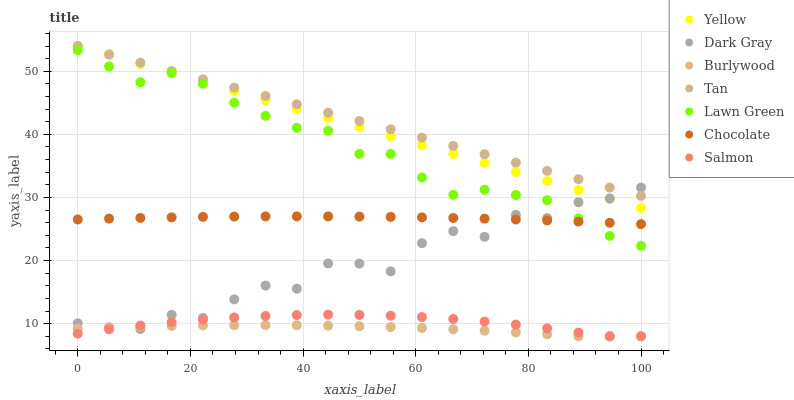
| xaxis_label | Yellow | Dark Gray | Burlywood | Tan | Lawn Green | Chocolate | Salmon |
 | --- | --- | --- | --- | --- | --- | --- | --- |
 | 0 | 54 | 10.1 | 9.2 | 54 | 53.3 | 26.5 | 8.41 |
 | 5.56 | 52.6 | 9.43 | 9.38 | 52.7 | 50.8 | 26.6 | 9.1 |
 | 11.1 | 51.1 | 9.15 | 9.53 | 51.4 | 48.3 | 26.8 | 9.71 |
 | 16.7 | 49.7 | 11.4 | 9.64 | 50 | 49.7 | 26.8 | 10.2 |
 | 22.2 | 48.3 | 10.9 | 9.72 | 48.7 | 48 | 26.9 | 10.6 |
 | 27.8 | 46.9 | 13.8 | 9.76 | 47.4 | 45 | 27 | 11 |
 | 33.3 | 45.4 | 16 | 9.77 | 46.1 | 42.9 | 27 | 11.2 |
 | 38.9 | 44 | 15.5 | 9.75 | 44.8 | 41 | 27 | 11.4 |
 | 44.4 | 42.6 | 19.5 | 9.69 | 43.4 | 40.6 | 27 | 11.4 |
 | 50 | 41.2 | 19.5 | 9.6 | 42.1 | 36.9 | 27 | 11.4 |
 | 55.6 | 39.7 | 18.3 | 9.47 | 40.8 | 36.9 | 26.9 | 11.3 |
 | 61.1 | 38.3 | 22.7 | 9.31 | 39.5 | 33.2 | 26.8 | 11 |
 | 66.7 | 36.9 | 24.7 | 9.11 | 38.2 | 30.4 | 26.7 | 10.7 |
 | 72.2 | 35.5 | 23.8 | 8.88 | 36.8 | 31.2 | 26.6 | 10.3 |
 | 77.8 | 34 | 27.2 | 8.61 | 35.5 | 30.4 | 26.5 | 9.84 |
 | 83.3 | 32.6 | 26.7 | 8.32 | 34.2 | 29.6 | 26.4 | 9.26 |
 | 88.9 | 31.2 | 29.2 | 8 | 32.9 | 26.7 | 26.2 | 8.59 |
 | 94.4 | 29.8 | 29.8 | 8 | 31.6 | 23.9 | 26 | 8 |
 | 100 | 28.3 | 31.6 | 8 | 30.2 | 22.3 | 25.8 | 8 |